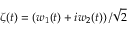
\zeta ( t ) = \left( w _ { 1 } ( t ) + i w _ { 2 } ( t ) \right) / \sqrt { 2 }